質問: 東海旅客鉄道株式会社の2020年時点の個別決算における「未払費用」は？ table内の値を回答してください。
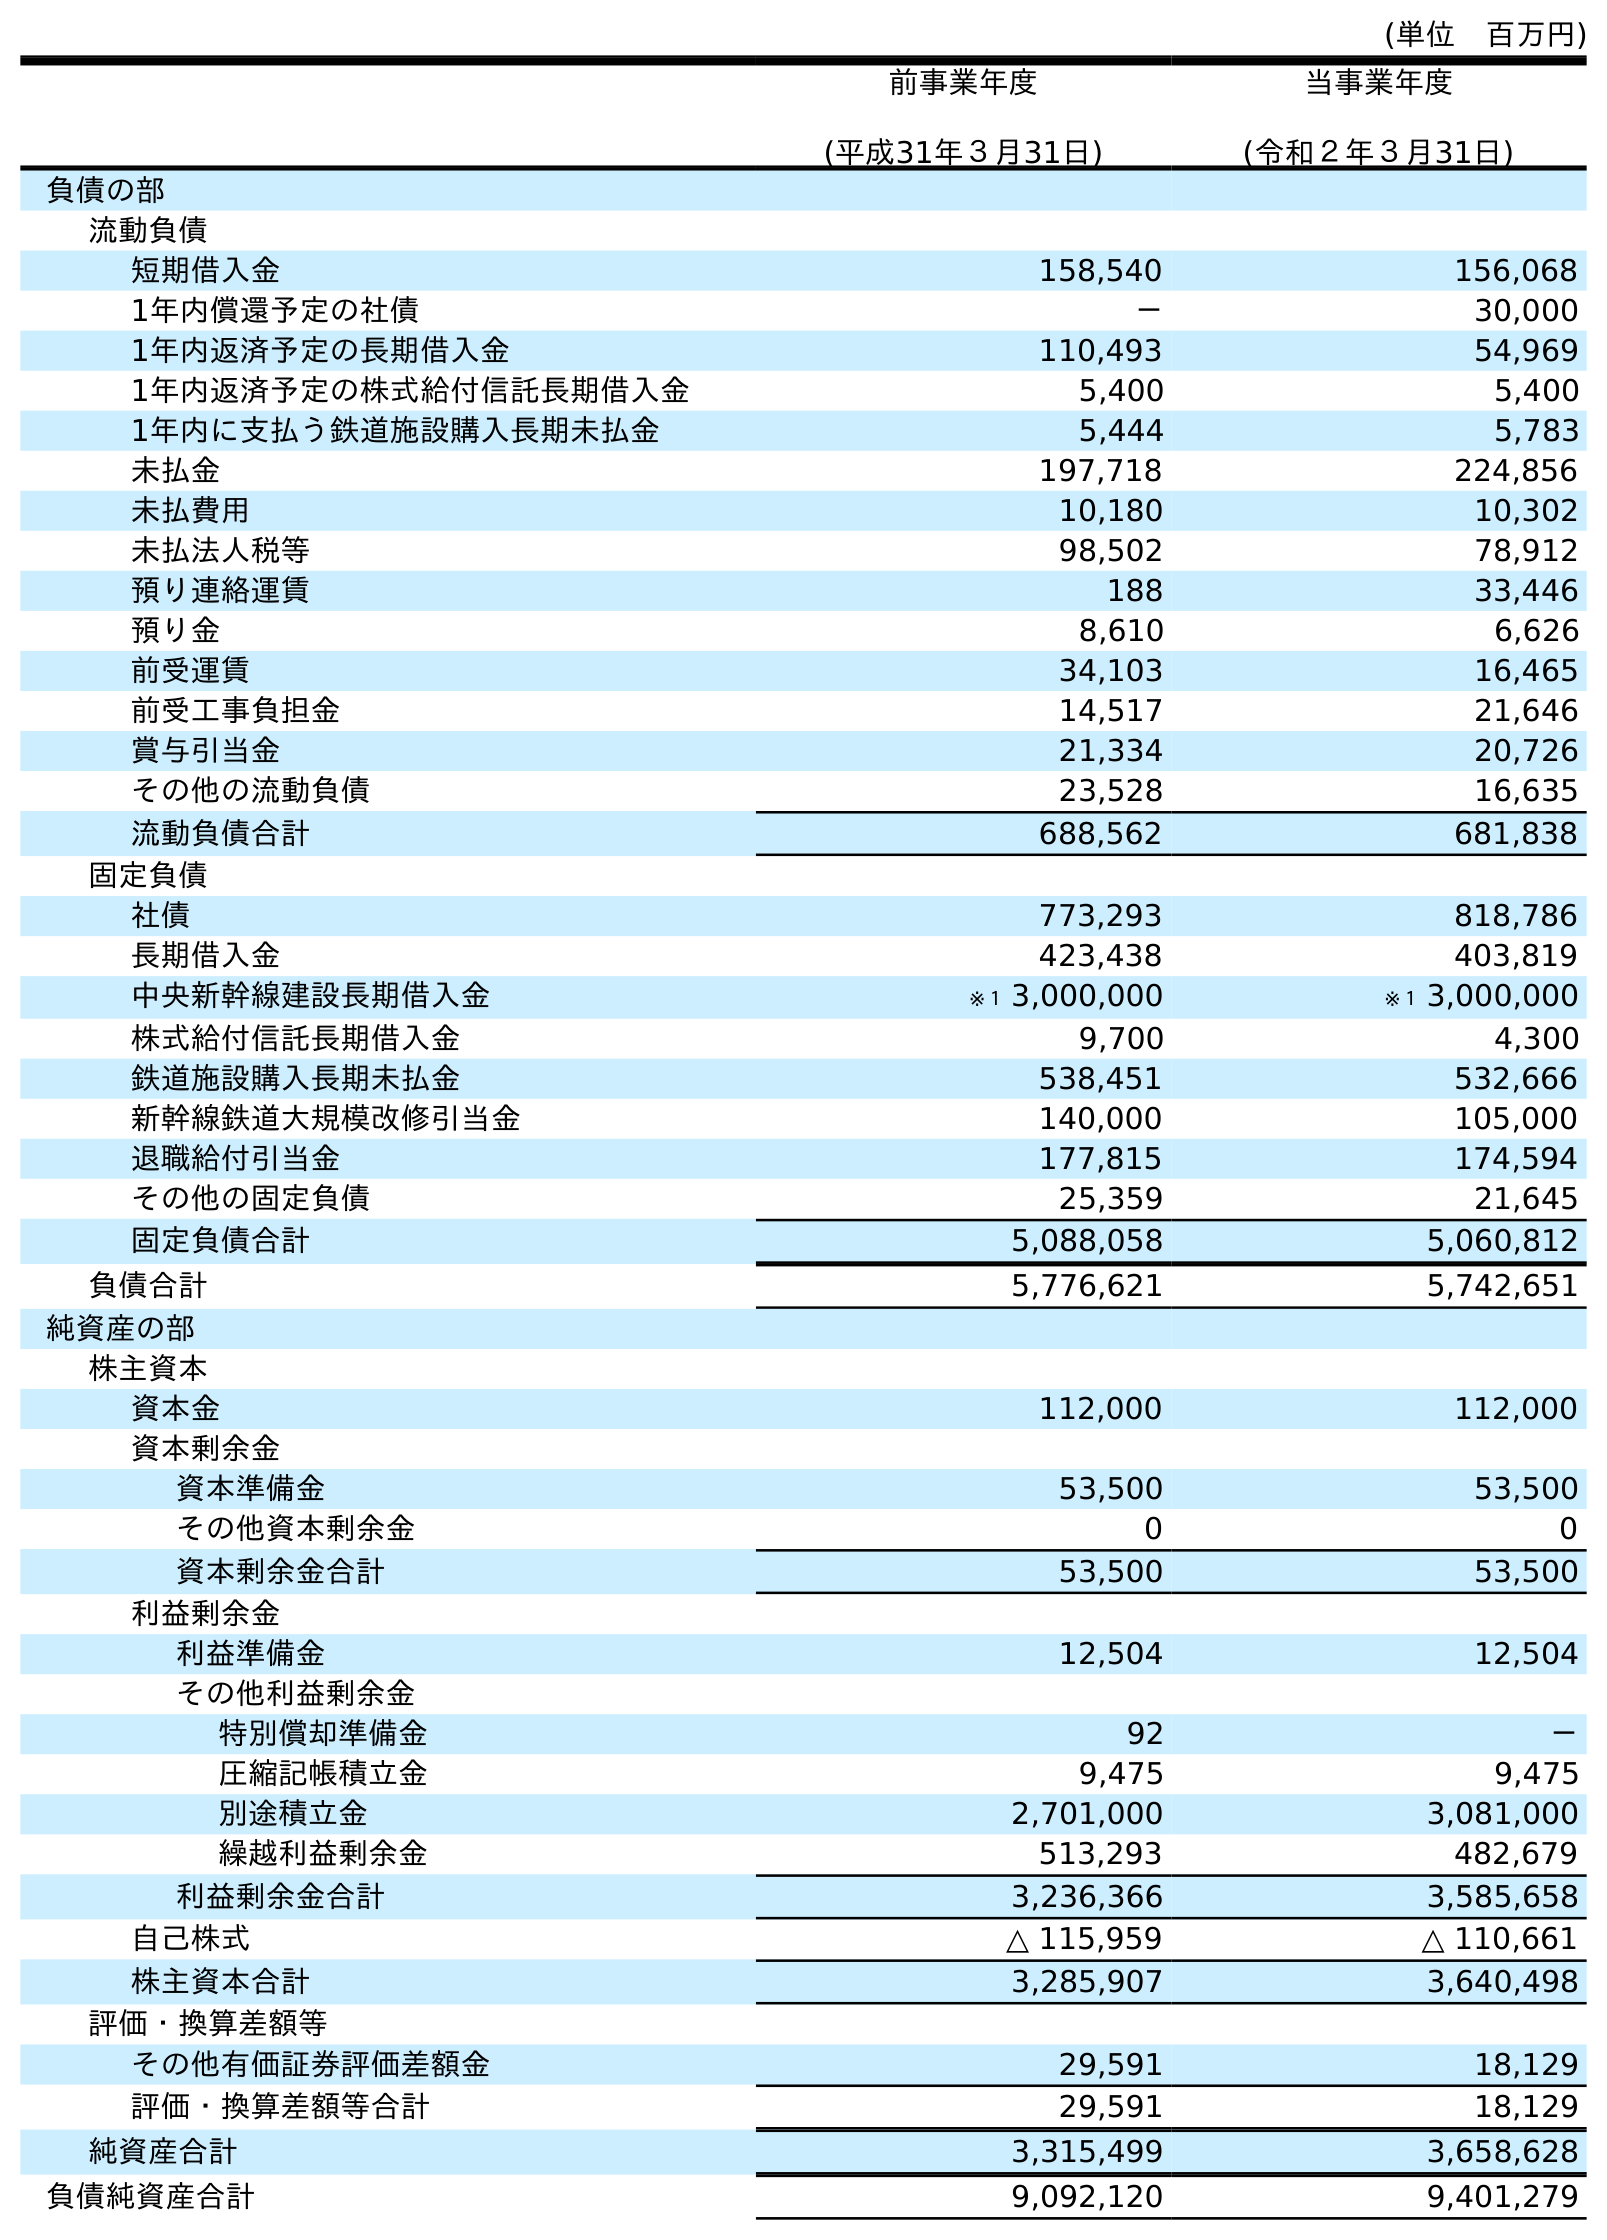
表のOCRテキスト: (単位 百万円) 前事業年度 (平成31年３月31日) 当事業年度 (令和２年３月31日) 負債の部 流動負債 短期借入金 158,540 156,068 1年内償還予定の社債 － 30,000 1年内返済予定の長期借入金 110,493 54,969 1年内返済予定の株式給付信託長期借入金 5,400 5,400 1年内に支払う鉄道施設購入長期未払金 5,444 5,783 未払金 197,718 224,856 未払費用 10,180 10,302 未払法人税等 98,502 78,912 預り連絡運賃 188 33,446 預り金 8,610 6,626 前受運賃 34,103 16,465 前受工事負担金 14,517 21,646 賞与引当金 21,334 20,726 その他の流動負債 23,528 16,635 流動負債合計 688,562 681,838 固定負債 社債 773,293 818,786 長期借入金 423,438 403,819 中央新幹線建設長期借入金 ※１ 3,000,000 ※１ 3,000,000 株式給付信託長期借入金 9,700 4,300 鉄道施設購入長期未払金 538,451 532,666 新幹線鉄道大規模改修引当金 140,000 105,000 退職給付引当金 177,815 174,594 その他の固定負債 25,359 21,645 固定負債合計 5,088,058 5,060,812 負債合計 5,776,621 5,742,651 純資産の部 株主資本 資本金 112,000 112,000 資本剰余金 資本準備金 53,500 53,500 その他資本剰余金 0 0 資本剰余金合計 53,500 53,500 利益剰余金 利益準備金 12,504 12,504 その他利益剰余金 特別償却準備金 92 － 圧縮記帳積立金 9,475 9,475 別途積立金 2,701,000 3,081,000 繰越利益剰余金 513,293 482,679 利益剰余金合計 3,236,366 3,585,658 自己株式 △ 115,959 △ 110,661 株主資本合計 3,285,907 3,640,498 評価・換算差額等 その他有価証券評価差額金 29,591 18,129 評価・換算差額等合計 29,591 18,129 純資産合計 3,315,499 3,658,628 負債純資産合計 9,092,120 9,401,279
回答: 10,302